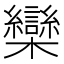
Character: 欒